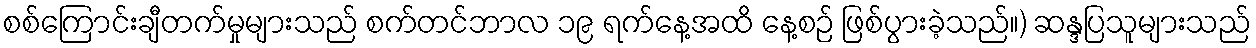
စစ်ကြောင်းချီတက်မှုများသည် စက်တင်ဘာလ ၁၉ ရက်နေ့အထိ နေ့စဉ် ဖြစ်ပွားခဲ့သည်။) ဆန္ဒပြသူများသည်